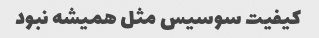
کیفیت سوسیس مثل همیشه نبود